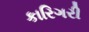
કારિગરી